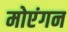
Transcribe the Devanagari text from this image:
मोएंगन